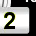
Digit: 2